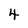
Character: 4